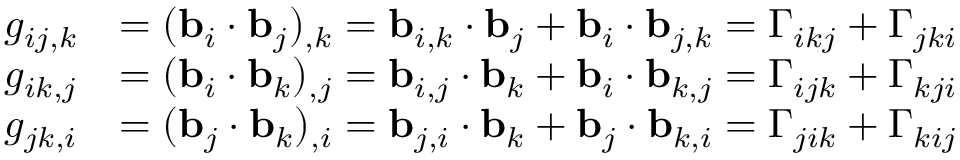
{ \begin{array} { r l } { g _ { i j , k } } & { = ( \mathbf { b } _ { i } \cdot \mathbf { b } _ { j } ) _ { , k } = \mathbf { b } _ { i , k } \cdot \mathbf { b } _ { j } + \mathbf { b } _ { i } \cdot \mathbf { b } _ { j , k } = \Gamma _ { i k j } + \Gamma _ { j k i } } \\ { g _ { i k , j } } & { = ( \mathbf { b } _ { i } \cdot \mathbf { b } _ { k } ) _ { , j } = \mathbf { b } _ { i , j } \cdot \mathbf { b } _ { k } + \mathbf { b } _ { i } \cdot \mathbf { b } _ { k , j } = \Gamma _ { i j k } + \Gamma _ { k j i } } \\ { g _ { j k , i } } & { = ( \mathbf { b } _ { j } \cdot \mathbf { b } _ { k } ) _ { , i } = \mathbf { b } _ { j , i } \cdot \mathbf { b } _ { k } + \mathbf { b } _ { j } \cdot \mathbf { b } _ { k , i } = \Gamma _ { j i k } + \Gamma _ { k i j } } \end{array} }